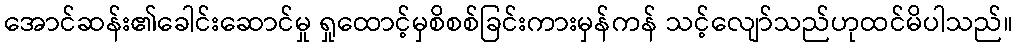
အောင်ဆန်း၏ခေါင်းဆောင်မှု ရှုထောင့်မှစိစစ်ခြင်းကားမှန်ကန် သင့်လျော်သည်ဟုထင်မိပါသည်။